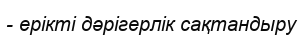
- ерікті дәрігерлік сақтандыру